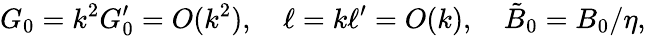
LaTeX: G_{0}=k^{2}G_{0}^{\prime}=O(k^{2}),\quad\ell=k\ell^{\prime}=O(k),\quad\tilde{B}_{0}=B_{0}/\eta,